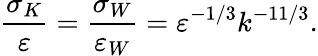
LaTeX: \frac{\sigma_{K}}{\varepsilon}=\frac{\sigma_{W}}{\varepsilon_{W}}=\varepsilon^{-1/3}k^{-11/3}.